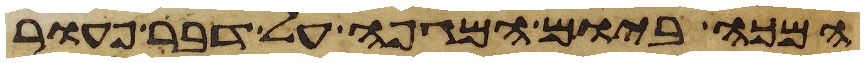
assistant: המכה ביום המגפה על דבר פעור